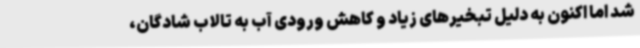
شد اما اکنون به دلیل تبخیرهای زیاد و کاهش ورودی آب به تالاب شادگان،